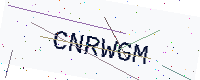
Text: CNRWGM